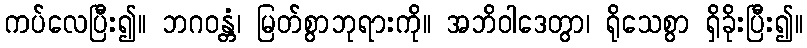
ကပ်လေပြီး၍။ ဘဂဝန္တံ၊ မြတ်စွာဘုရားကို။ အဘိဝါဒေတွာ၊ ရိုသေစွာ ရှိခိုးပြီး၍။